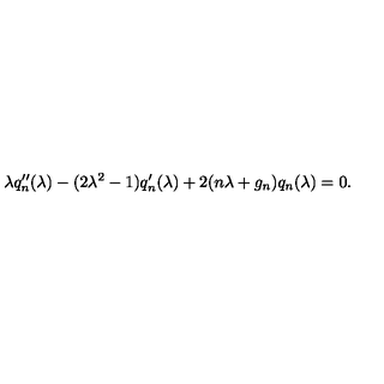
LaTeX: \lambda q ^ { \prime \prime } \sb n ( \lambda ) - ( 2 \lambda ^ { 2 } - 1 ) q ^ { \prime } \sb n ( \lambda ) + 2 ( n \lambda + g \sb n ) q \sb n ( \lambda ) = 0 .